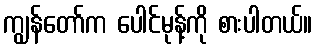
ကျွန်တော်က ပေါင်မုန့်ကို စားပါတယ်။